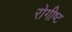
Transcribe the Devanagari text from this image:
रोगीष्ट